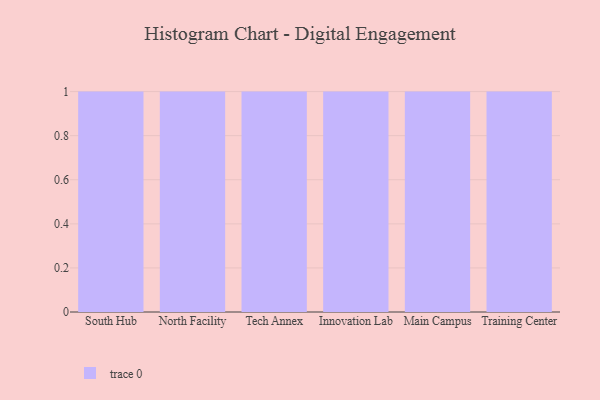
{"axis": {"x": "Campus", "y": "Net Income (USD K)"}, "legend": [""], "data": [{"x": "South Hub", "y": 65, "type": ""}, {"x": "North Facility", "y": 24, "type": ""}, {"x": "Tech Annex", "y": 84, "type": ""}, {"x": "Innovation Lab", "y": 41, "type": ""}, {"x": "Main Campus", "y": 15, "type": ""}, {"x": "Training Center", "y": 42, "type": ""}]}